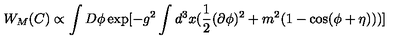
W _ { M } ( C ) \propto \int D \phi \exp [ - g ^ { 2 } \int d ^ { 3 } x ( \frac { 1 } { 2 } ( \partial \phi ) ^ { 2 } + m ^ { 2 } ( 1 - \cos ( \phi + \eta ) ) ) ]